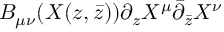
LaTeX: B _ { \mu \nu } ( X ( z , \bar { z } ) ) \partial _ { z } X ^ { \mu } \bar { \partial } _ { \bar { z } } X ^ { \nu }